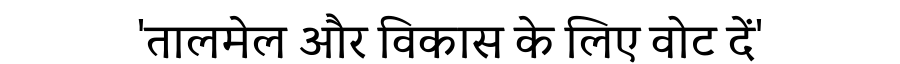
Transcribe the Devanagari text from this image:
'तालमेल और विकास के लिए वोट दें'